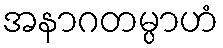
အနာဂတမ္ပာဟံ